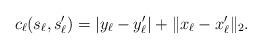
LaTeX: \begin{align*}c_{\ell}(s_\ell, s_\ell') & = | y_\ell - y_\ell' | + \| x_\ell - x_\ell' \|_2. \end{align*}